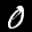
Label: 0